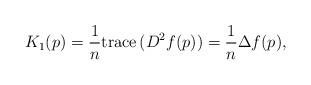
LaTeX: \begin{align*} K_1(p)=\frac{1}{n}{\rm trace}\,(D^2f(p))=\frac{1}{n}\Delta f(p),\end{align*}